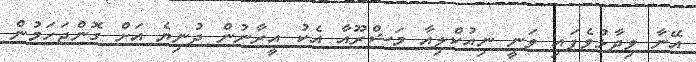
އޭނާ ވިދާޅުވެފައި ވަނީ ނިއުކްލިއާ މަޝްރޫއާ އެކު އީރާނުން ދުނިޔެ އަށް ގޮންޖަހަމުން